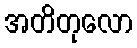
အတိတုလော